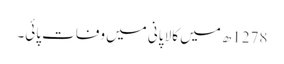
1278ھ میں کالا پانی میں وفات پائی۔